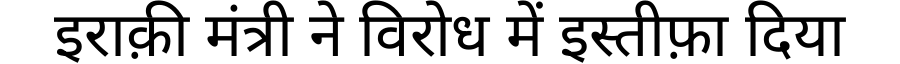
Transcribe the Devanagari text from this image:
इराक़ी मंत्री ने विरोध में इस्तीफ़ा दिया